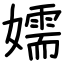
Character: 嬬